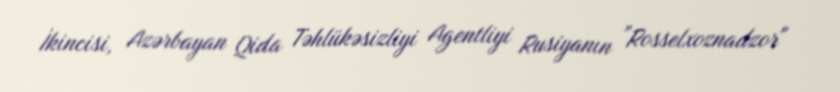
İkincisi, Azərbayan Qida Təhlükəsizliyi Agentliyi Rusiyanın ”Rosselxoznadzor"